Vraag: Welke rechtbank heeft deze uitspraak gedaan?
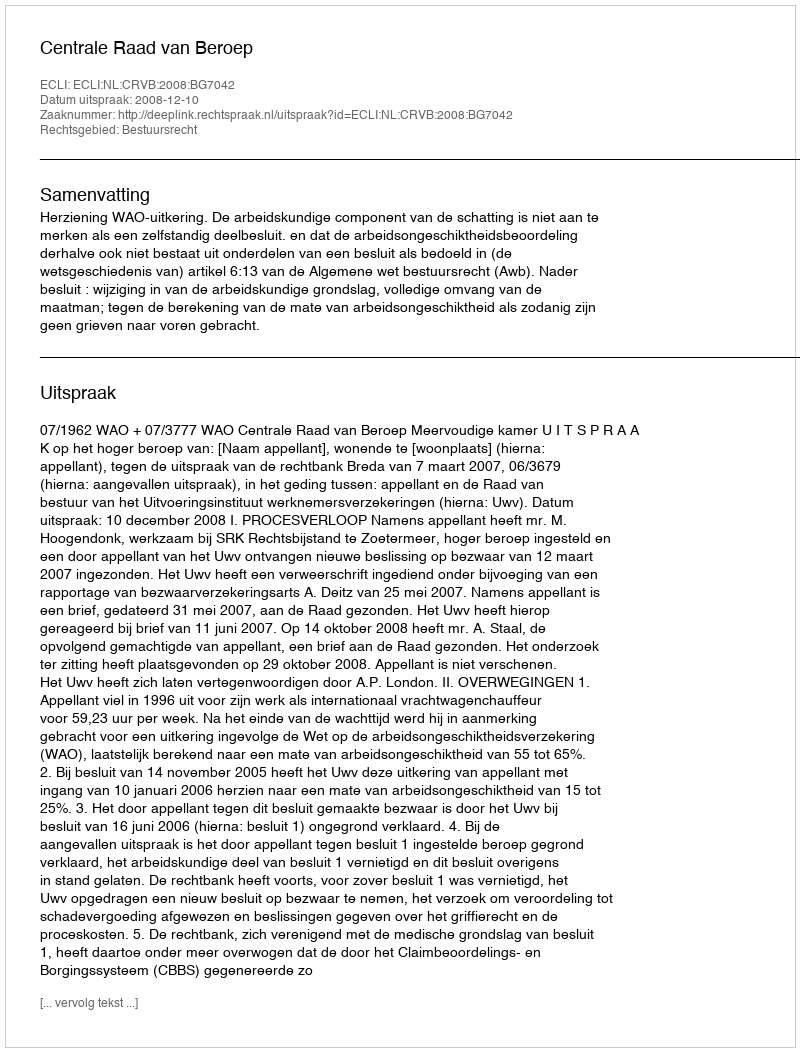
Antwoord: Centrale Raad van Beroep